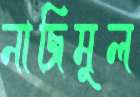
নাজিমুল